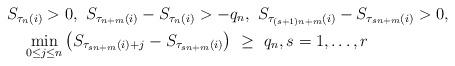
LaTeX: \begin{align*}&S_{\tau_{n}(i)}>0,\ S_{\tau_{n+m}(i)}-S_{\tau_{n}(i)}>-q_{n},\ S_{\tau_{(s+1)n+m}(i)}-S_{\tau_{sn+m}(i)}>0,\\&\quad\min_{0\le j\le n}\big(S_{\tau_{sn+m}(i)+j}-S_{\tau_{sn+m}(i)}\big)\ \ge\ q_{n},s=1,\ldots,r\end{align*}